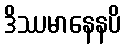
ဒိဿမာနေနပိ